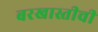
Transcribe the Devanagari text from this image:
बरखास्तीची